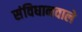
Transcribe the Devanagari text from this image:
संविधानवाले